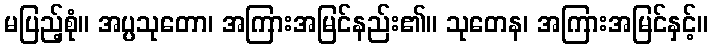
မပြည့်စုံ။ အပ္ပသုတော၊ အကြားအမြင်နည်း၏။ သုတေန၊ အကြားအမြင်နှင့်။